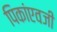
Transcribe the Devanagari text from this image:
पिकांएवजी